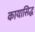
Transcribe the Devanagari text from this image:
कायासिद्ध